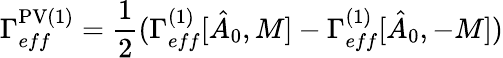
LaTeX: \Gamma_{eff}^{\mathrm{PV}(1)}={\frac{1}{2}}(\Gamma_{eff}^{(1)}[\hat{A}_{0},M]-\Gamma_{eff}^{(1)}[\hat{A}_{0},-M])